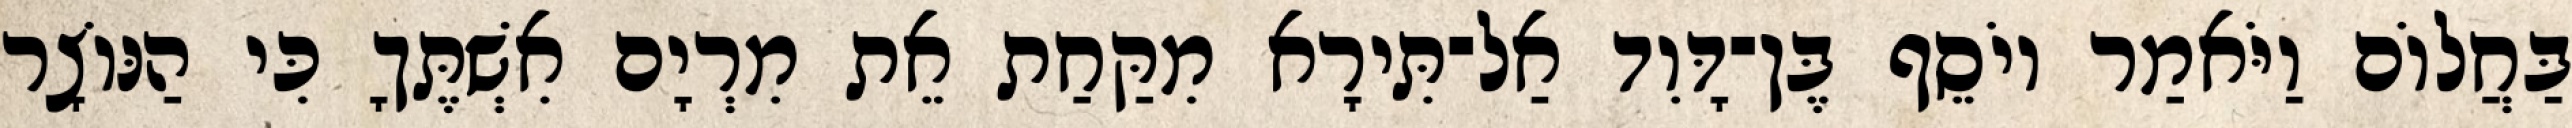
בַּחֲלוֹם וַיֹּאמַר יוֹסֵף בֶּן־דָּוִד אַל־תִּירָא מִקַּחַת אֵת מִרְיָם אִשְׁתֶּךָ כִּי הַנּוֹצָר